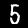
Digit: 5